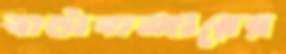
বাটাবাজারের